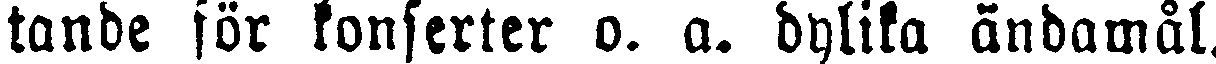
tande för konserter o. a. dylika ändamål.